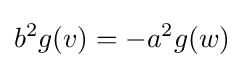
b^{2}g(v)=-a^{2}g(w)